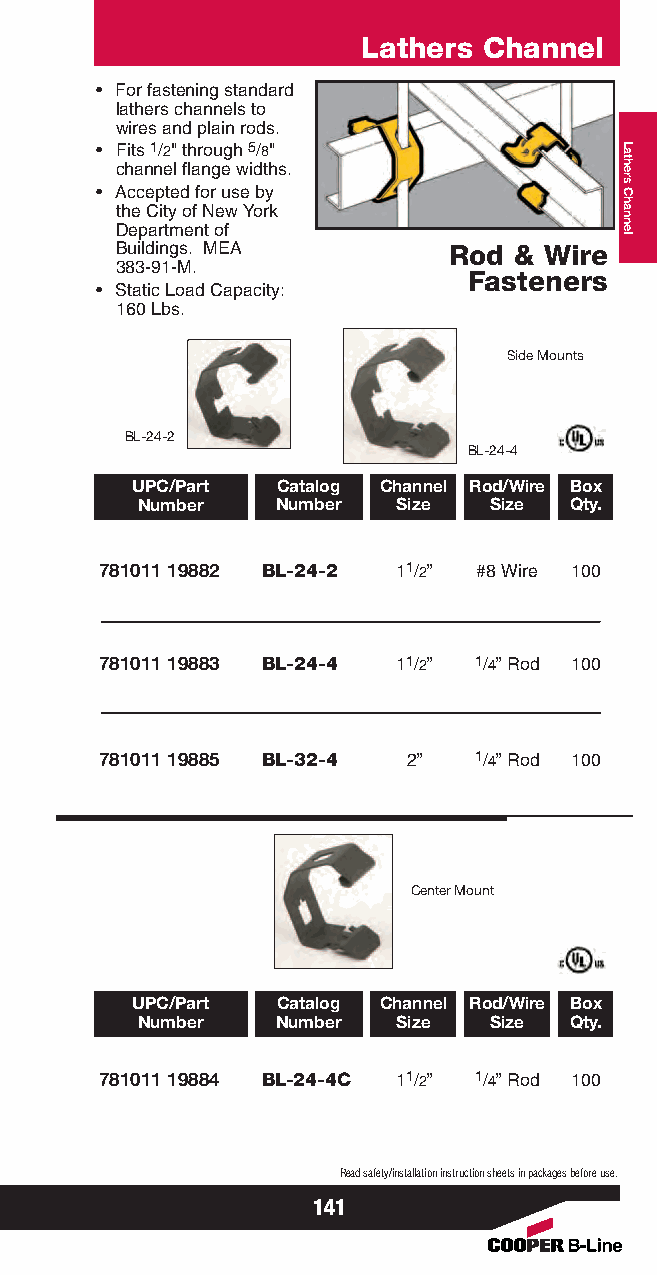
Lathers Channel
 • For fastening standard
 lathers channels to
 wires and plain rods.
 • Fits 1/2" through 5/8"
 channel flange widths.
 • Accepted for use by
 the City of New York
 Department of
 Buildings. MEA        Rod & Wire
 383-91-M.
 Fasteners
 • Static Load Capacity:
 160 Lbs.
 Side Mounts
 BL-24-2
 BL-24-4
 UPC/Part Catalog Channel Rod/Wire Box
 Number   Number  Size  Size  Qty.
 781011 19882 BL-24-2 11/2” #8 Wire 100
 781011 19883 BL-24-4 11/2” 1/4” Rod 100
 781011 19885 BL-32-4 2” 1/4” Rod 100
 Center Mount
 UPC/Part Catalog Channel Rod/Wire Box
 Number   Number  Size  Size  Qty.
 781011 19884 BL-24-4C 11/2” 1/4” Rod 100
 Read safety/installation instruction sheets in packages before use.
 141
 Lathers
 Channel